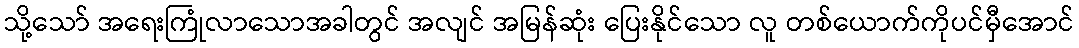
သို့သော် အရေးကြုံလာသောအခါတွင် အလျင် အမြန်ဆုံး ပြေးနိုင်သော လူ တစ်ယောက်ကိုပင်မှီအောင်